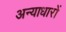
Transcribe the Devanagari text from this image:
अन्याधारों